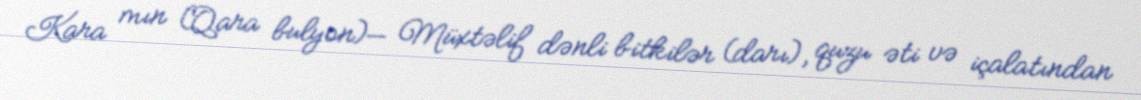
Kara mın (Qara bulyon)— Müxtəlif dənli bitkilər (darı), quzu əti və içalatından